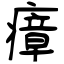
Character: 瘴